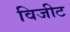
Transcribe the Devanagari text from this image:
विजीट